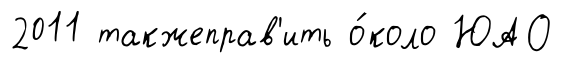
2011 такжеправ'ить о́коло ЮАО